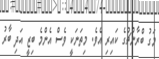
މަގު ބްރާންޗުގެ ކައިރި އެވެ. މިތަނަކީ ވެސް އެންމެ ބިޒީ އަދި ބާރު